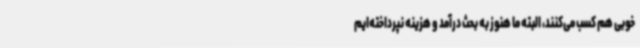
خوبی هم کسب می‌کنند، البته ما هنوز به بحث درآمد و هزینه نپرداخته‌ایم